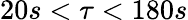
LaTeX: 20s<\tau<180s